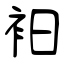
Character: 衵